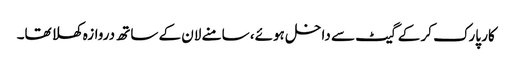
کار پارک کر کے گیٹ سے داخل ہوئے، سامنے لان کے ساتھ دروازہ کھلا تھا۔